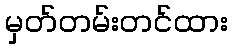
မှတ်တမ်းတင်ထား